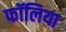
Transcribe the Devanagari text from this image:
फॉलिया